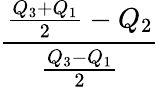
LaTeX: \frac{{\frac{{{Q}_{3}}+{{Q}_{1}}}{2}}-{{Q}_{2}}}{\frac{{{Q}_{3}}-{{Q}_{1}}}{2}}